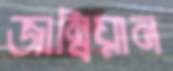
জাম্বিয়ান